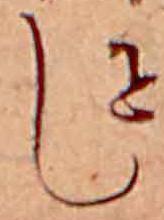
し